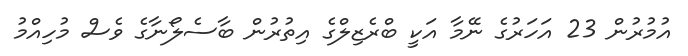
އުމުރުން 23 އަހަރުގެ ނޭމާ އަކީ ބްރެޒިލްގެ އިތުރުން ބާސެލޯނާގެ ވެސް މުހިއްމު